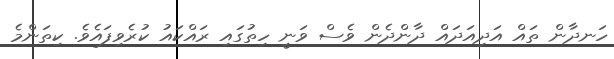
ހަނދާން ތައް އަދިއަދައް ދާންދެން ވެސް ވަނީ ހިތުގައި ރައްކައު ކުރެވިފައެވެ. ކިތަންމެ